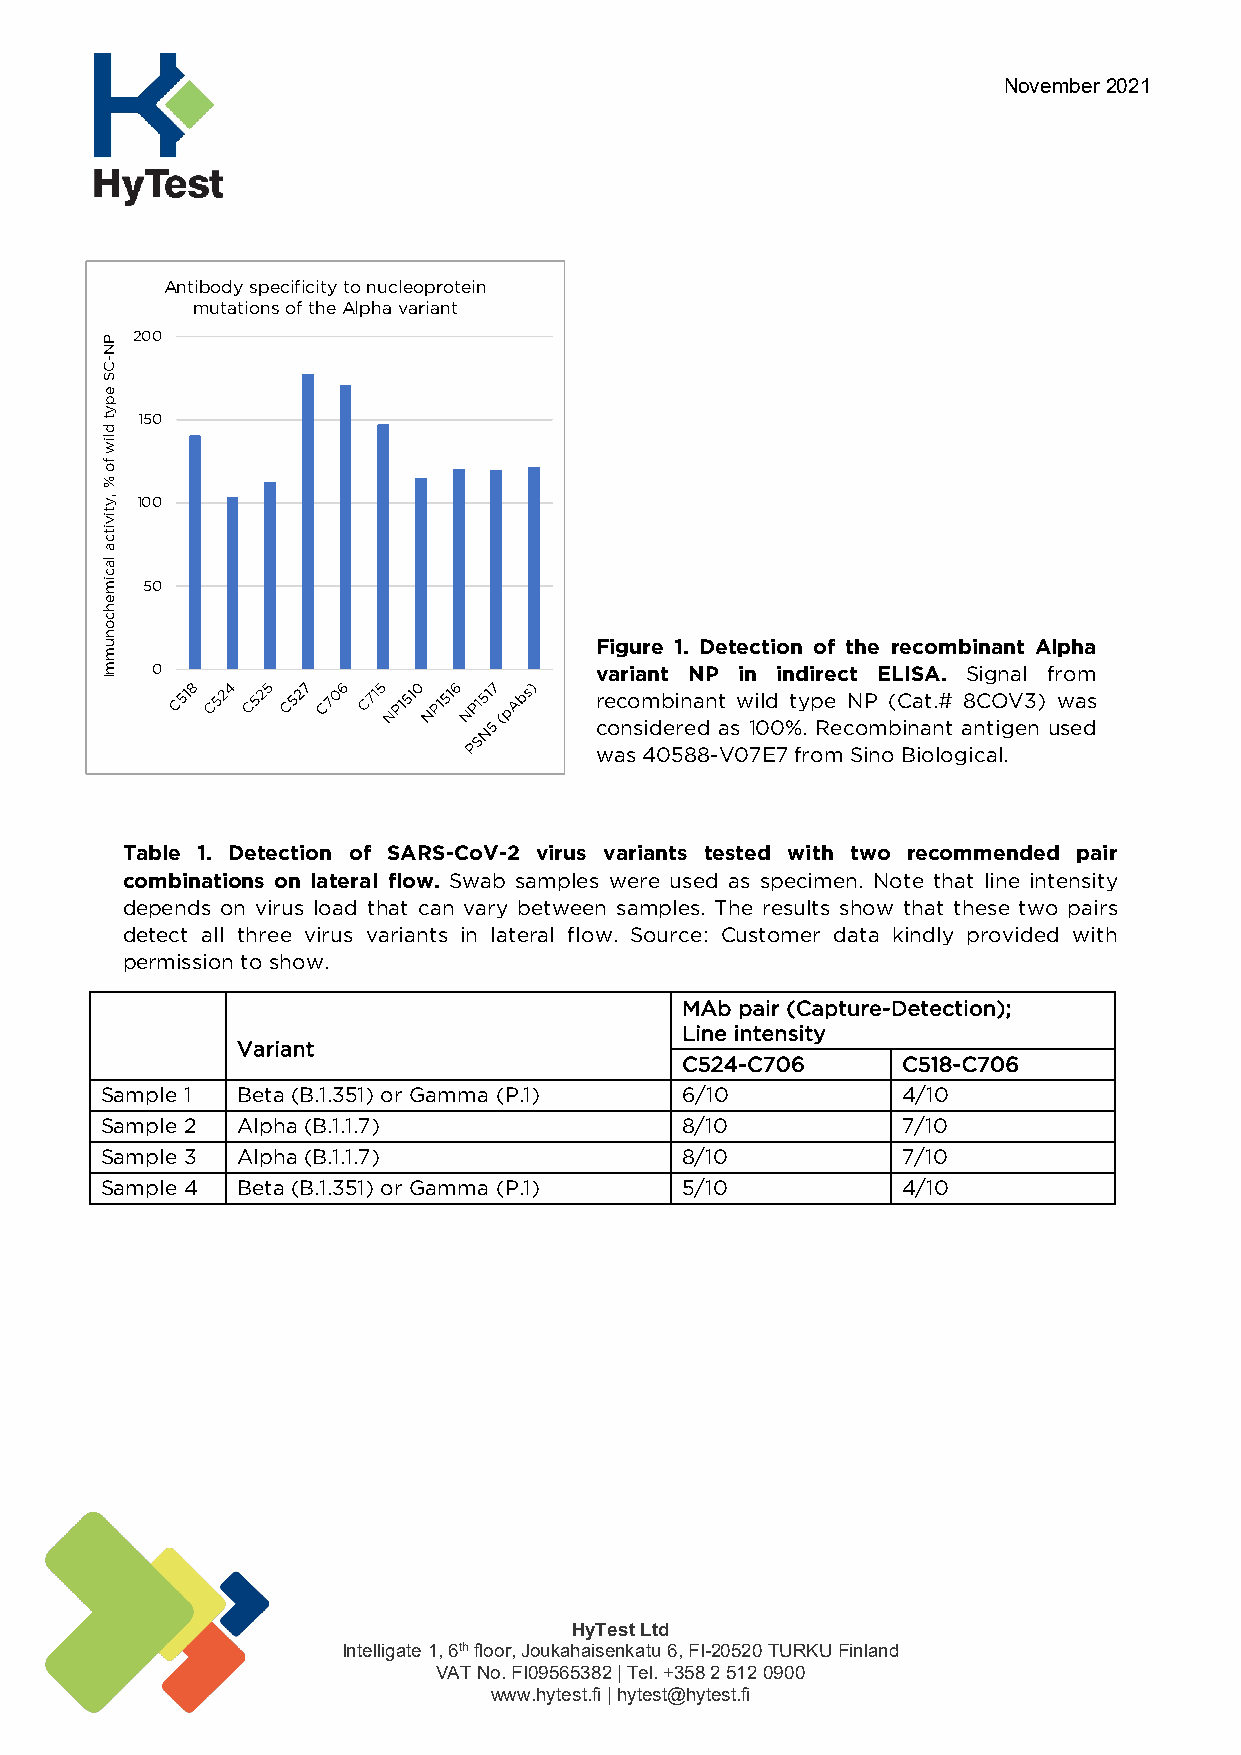
November 2021
 Antibody specificity to nucleoprotein
 mutations of the Alphavariant
 200
 150
 100
 50
 Figure 1. Detection of the recombinant Alpha
 0                            variant NP in indirect ELISA. Signal from
 recombinant wild type NP (Cat.# 8COV3) was
 considered as 100%. Recombinant antigen used
 was 40588-V07E7 from Sino Biological.
 Table 1. Detection of SARS-CoV-2 virus variants tested with two recommended pair
 combinations on lateral flow. Swab samples were used as specimen. Note that line intensity
 depends on virus load that can vary between samples. The results show that these two pairs
 detect all three virus variants in lateral flow. Source: Customer data kindly provided with
 permission to show.
 MAb pair (Capture-Detection);
 Line intensity
 Variant
 C524-C706      C518-C706
 Sample 1 Beta (B.1.351) or Gamma (P.1) 6/10          4/10
 Sample 2 Alpha (B.1.1.7)              8/10           7/10
 Sample 3 Alpha (B.1.1.7)              8/10           7/10
 Sample 4 Beta (B.1.351) or Gamma (P.1) 5/10          4/10
 HyTest Ltd
 Intelligate 1, 6th floor, Joukahaisenkatu 6, FI-20520 TURKU Finland
 VAT No. FI09565382 | Tel. +358 2 512 0900
 www.hytest.fi | hytest@hytest.fi
 PN-CS
 epyt
 dliw
 fo
 %
 ,ytivitca
 lacimehconummI